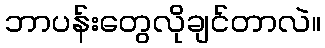
ဘာပန်းတွေလိုချင်တာလဲ။